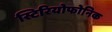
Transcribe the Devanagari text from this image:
स्टिरियोफोनिक